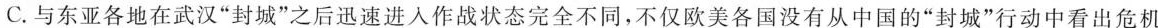
C.与东南亚各地在武汉“封城”之后迅速进入作战状态完全不同，不仅欧美各国没有从中国的“封城”行动中看出危机